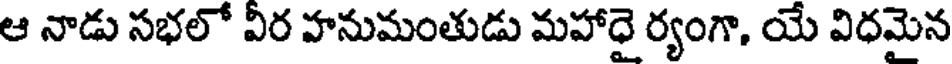
ఆ నాడు సభలో వీర హనుమంతుడు మహాధై ర్యంగా, యే విధమైన